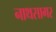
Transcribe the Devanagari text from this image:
नाथसागर